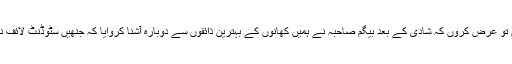
اگر آپ واک سیریز میں دلچسپی لے ہی رہے ہیں تو عرض کروں کہ شادی کے بعد بیگم صاحبہ نے ہمیں کھانوں کے بہترین ذائقوں سے دوبارہ آشنا کروایا کہ جنھیں سٹوڈنٹ لائف نے ہماری زبان سے کھرچ کھرچ کر مٹا دیا تھا۔